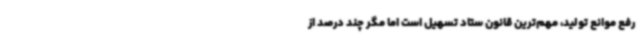
رفع موانع تولید، مهم‌ترین قانون ستاد تسهیل است اما مگر چند درصد از